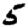
Digit: 5